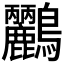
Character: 𪈹